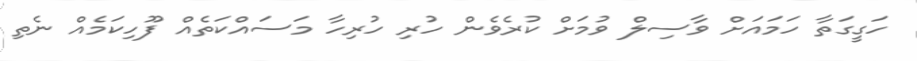
ހަގީގަތާ ހަމައަށް ވާސިލް ވުމަށް ކުރެވެން ހުރި ހުރިހާ މަސައްކަތެއް ފޫހިކަމެއް ނެތި